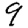
Digit: 9